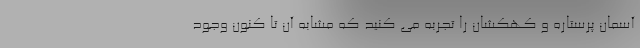
آسمان پرستاره و کهکشان را تجربه می کنید که مشابه آن تا کنون وجود